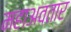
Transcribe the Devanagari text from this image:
महाअवतार